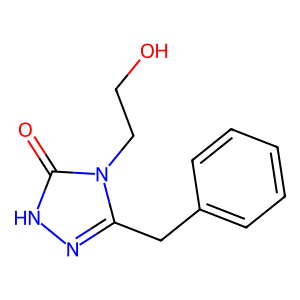
SMILES: O=c1[nH]nc(Cc2ccccc2)n1CCO
Inhibits HIV replication: No